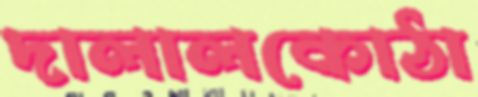
দালালকোঠা